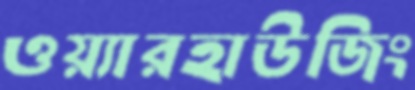
ওয়্যারহাউজিং